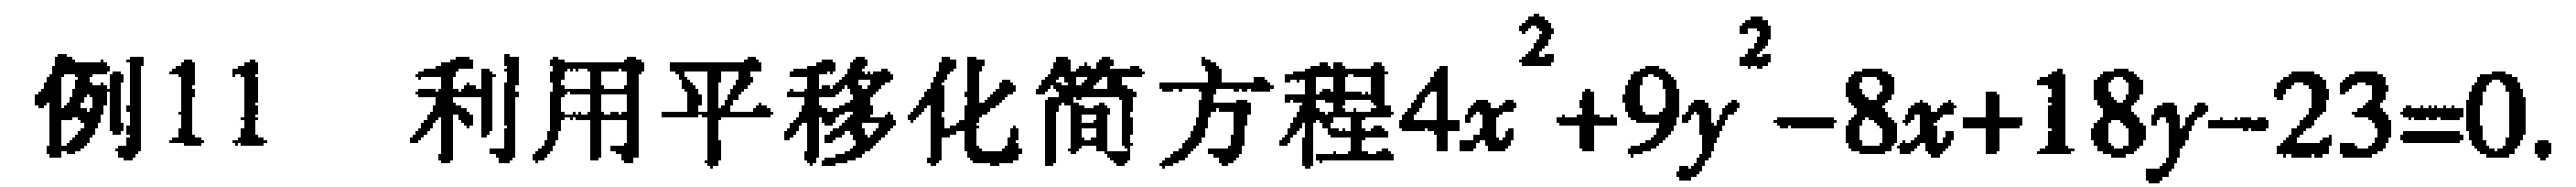
例11 利用平移化简方程\(4x^{2}+9y^{2}-8x + 18y - 23 = 0\).